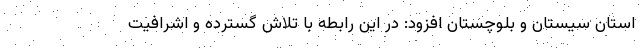
استان سیستان و بلوچستان افزود: در این رابطه با تلاش گسترده و اشرافیت